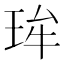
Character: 𱮽